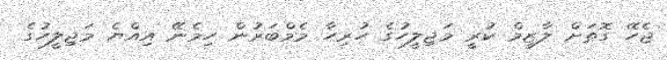
ޖެހޭ ގޮތަށް ލާޒިމް ކުރީ މަޖިލީހުގެ ހުރިހާ މެމްބަރުން ހިމެނޭ އިއްޔެ މަޖިލީހުގެ